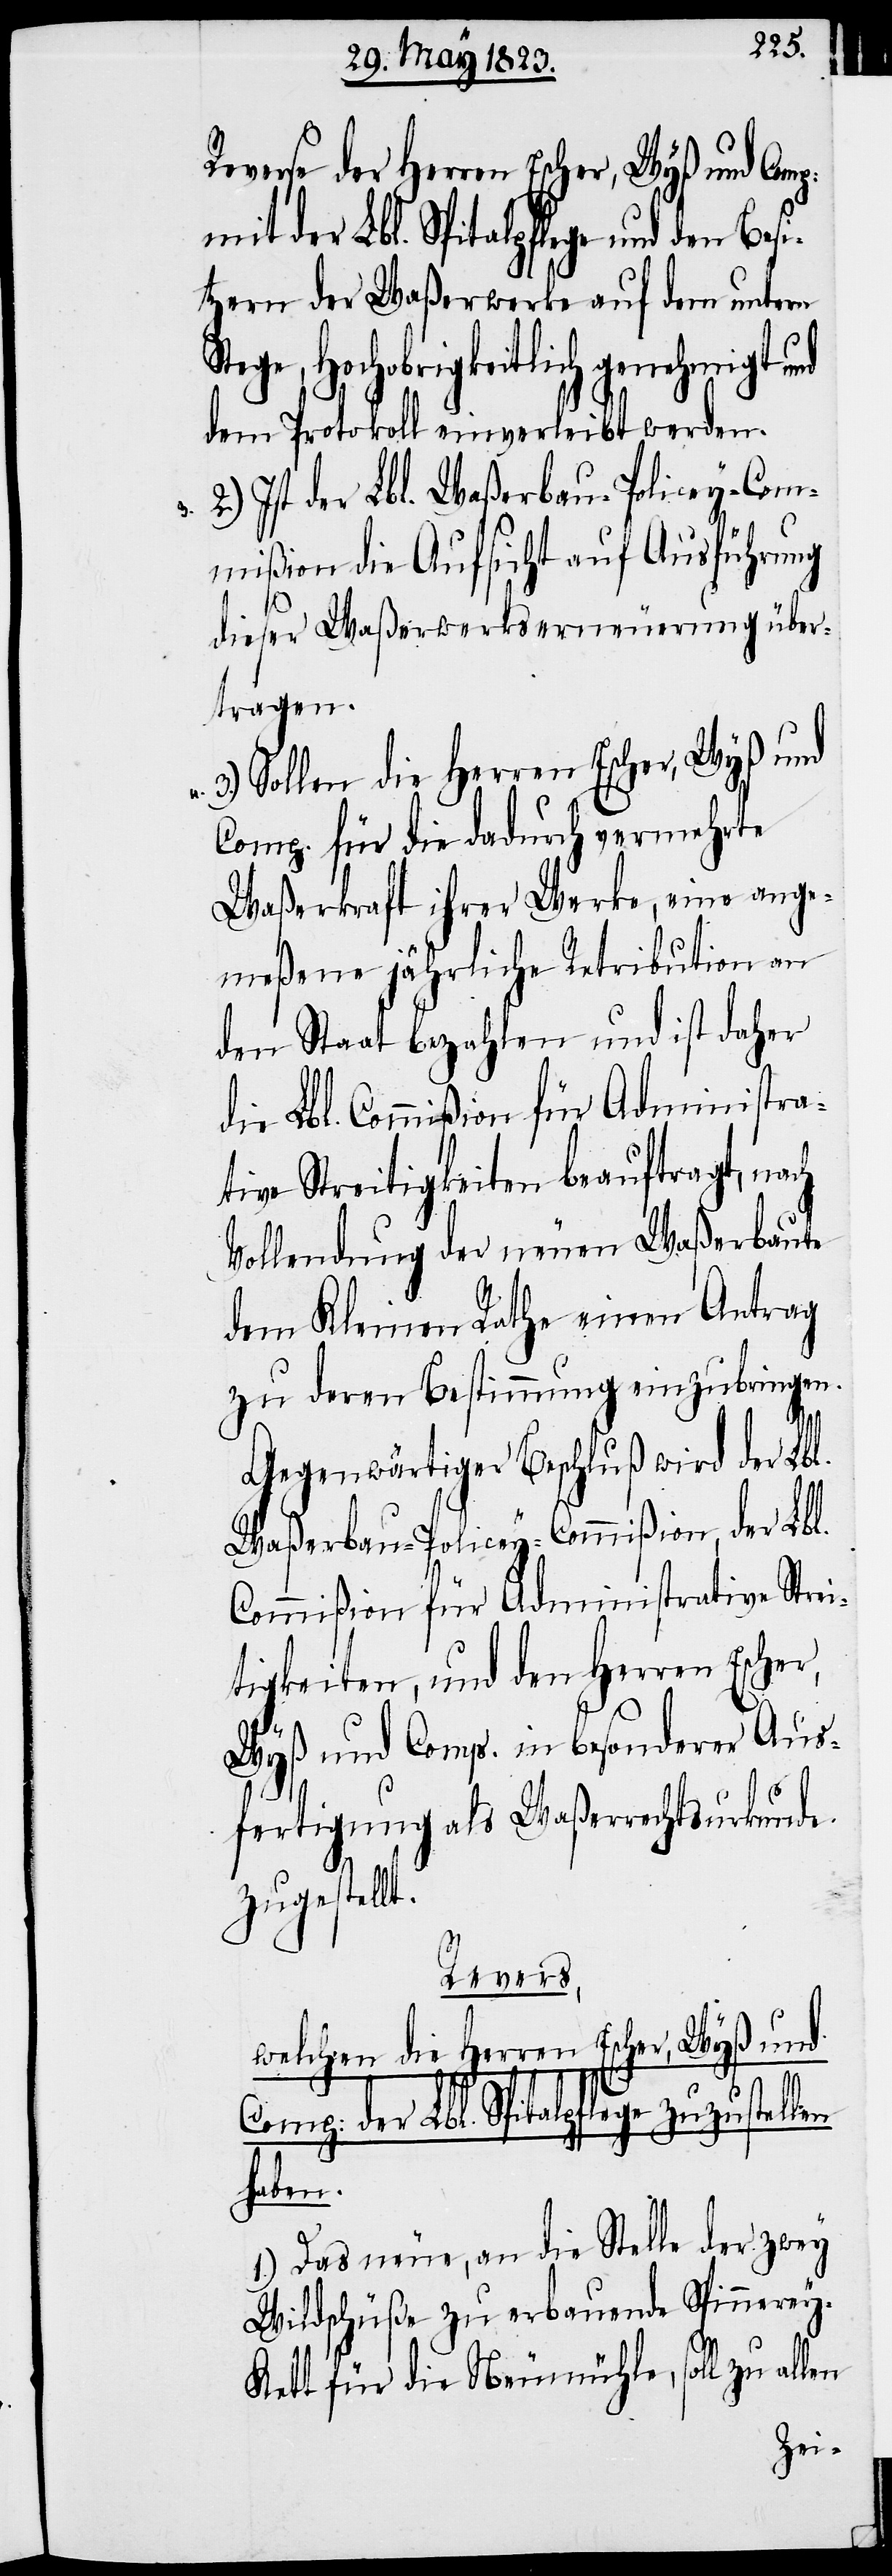
Reverse der Herren Escher, Wyß und Com¬
mit der Lbl. Spitalpflege und den Besi¬
tzern der Waßerwerke auf dem untern
Stege, Hochobrigkeitlich genehmigt und
dem Protokoll einverleibt werden.
Ist der Lbl. Waßerbau-Policey-Com¬
mißion die Aufsicht auf Ausführung
dieser Waßerwerkserneuerung über¬
tragen.
Sollen die Herren Escher, Wyß und
Comp. für die dadurch vermehrte
Waßerkraft ihrer Werke, eine ange¬
meßene jährliche Retribution an
den Staat bezahlen und ist daher
die Lbl. Commißion für Administra¬
tive Streitigkeiten beauftragt, nach
Vollendung der neuen Waßerbaute
dem Kleinen Rathe einen Antrag
zu deren Bestimmung einzubringen.
der
Gegenwärtiger Beschluß wird der Lbl.
Waßerbau-Policey-Commißion, der Lbl.
Commißion für Administrative Strei¬
tigkeiten, und den Herren Escher,
Wyß und Comp. in besonderer Aus¬
fertigung als Waßerrechtsurkunde
p:
zugestellt.
Revers,
welchen die Herren Escher, Wyß und
Lbl. Spitalpflege zuzustellen
haben.
1.) Das neue, an die Stelle der zwey
Wildschüße zu erbauende Spinnere¬
y-Kett für die Neumühle, soll zu allen